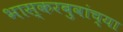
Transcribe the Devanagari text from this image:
भास्करबुवांच्या